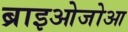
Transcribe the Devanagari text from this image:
ब्राइओजोआ